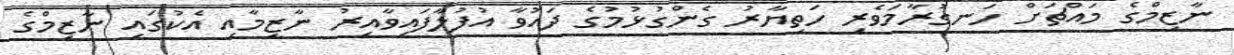
ނާޒިމްގެ މައްޗަށް ހަނގުރާމަވެރި ހަތިޔާރު ގެންގުޅުމުގެ ދައުވާ އުފުލާފައިވާއިރު ނާޒިމާއި އެކުގައި ނާޒިމްގެ